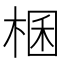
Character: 棞